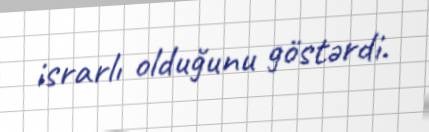
israrlı olduğunu göstərdi.